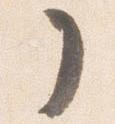
了